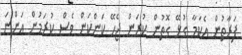
ފަރާތުން އެކަމާ ގުޅޭ ގޮތުން ކުރަން ޖެހޭ ކަންކަން ވެސް ކުރަމުން އަންނަ